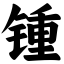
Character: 锺